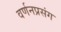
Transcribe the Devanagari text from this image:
वर्णनप्रसंग